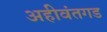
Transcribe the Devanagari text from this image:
अहीवंतगड